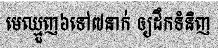
មេឈ្មួញ៦ទៅ៧នាក់ ឲ្យដឹកទំនិញ